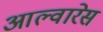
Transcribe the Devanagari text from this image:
आल्वारेस